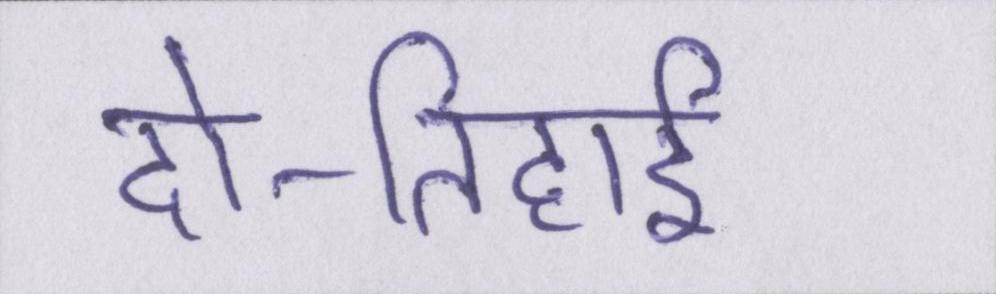
दो-तिहाई